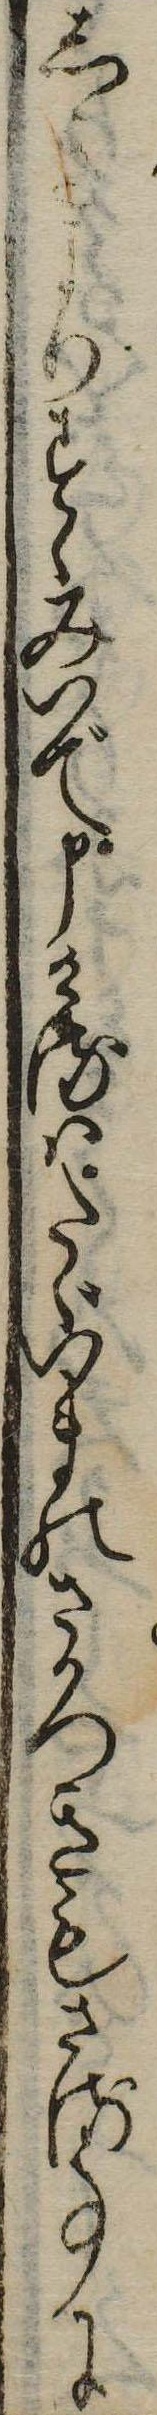
しきよりすゝみいで申けるはたゞいまのさかつきもさる事に